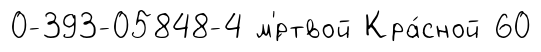
0-393-05848-4 м'́ртвой Кра́сной 60